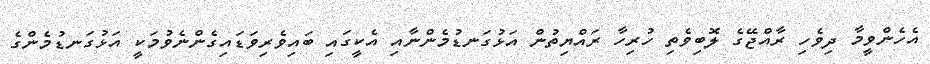
އެހެންވީމާ ދިވެހި ރާއްޖޭގެ ލޮބިވެތި ހުރިހާ ރައްޔިތުން އަޅުގަނޑުމެންނާއި އެކީގައި ބައިވެރިވަޑައިގެންނެވުމަކީ އަޅުގަނޑުމެންގެ